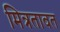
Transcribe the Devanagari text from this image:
मित्रतावत